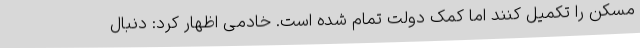
مسکن را تکمیل کنند اما کمک دولت تمام شده است. خادمی اظهار کرد: دنبال